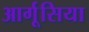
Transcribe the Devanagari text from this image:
आर्गूसिया